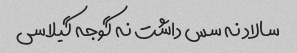
سالاد نه سس داشت نه گوجه گیلاسی